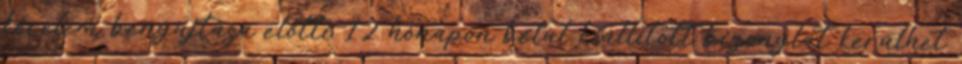
kérelem benyújtása előtti 12 hónapon belül kiállított bizonylat kerülhet